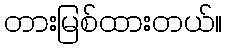
တားမြစ်ထားတယ်။